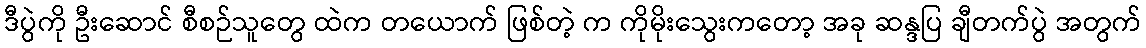
ဒီပွဲကို ဦးဆောင် စီစဉ်သူတွေ ထဲက တယောက် ဖြစ်တဲ့ က ကိုမိုးသွေးကတော့ အခု ဆန္ဒပြ ချီတက်ပွဲ အတွက်